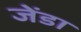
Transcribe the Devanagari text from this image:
जेंडा